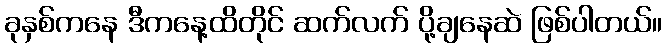
ခုနှစ်ကနေ ဒီကနေ့ထိတိုင် ဆက်လက် ပို့ချနေဆဲ ဖြစ်ပါတယ်။